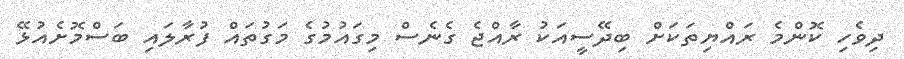
ދިވެހި ކޮންމެ ރައްޔިތަކަށް ބިދޭސީއަކު ރާއްޖެ ގެނެސް މިގައުމުގެ މަގުތައް ފުރާލައި ބަސްމޮށެއުޅޭ